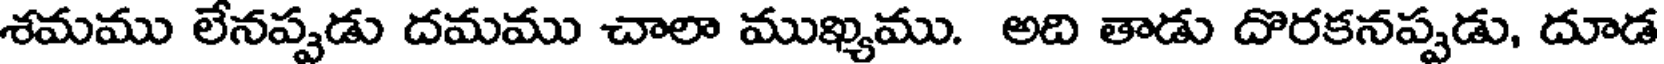
శమము లేనప్పడు దమము చాలా ముఖ్యము. అది తాడు దొరకనప్పడు, దూడ